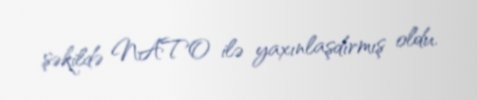
şəkildə NATO ilə yaxınlaşdırmış oldu.